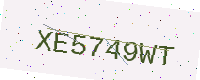
Text: XE5749WT